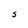
Character: S